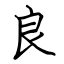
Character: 良